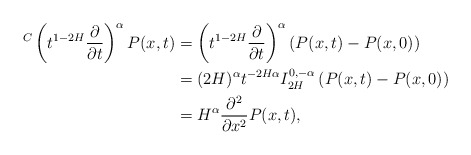
\begin{align*}{}^C\left(t^{1-2H}\frac{\partial}{\partial t}\right)^{\alpha} P(x,t)& = \left(t^{1-2H}\frac{\partial}{\partial t}\right)^{\alpha}\left(P(x,t)-P(x,0)\right)\\ &=(2H)^{\alpha}t^{-2H\alpha}I^{0,-\alpha}_{2H}\left(P(x,t)-P(x,0)\right) \\&=H^{\alpha}\frac{\partial^2}{\partial x^2}P(x,t), \end{align*}